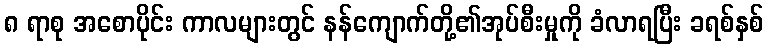
၈ ရာစု အစောပိုင်း ကာလများတွင် နန်ကျောက်တို့၏အုပ်စီးမှုကို ခံလာရပြီး ခရစ်နှစ်